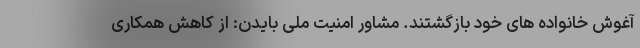
آغوش خانواده های خود بازگشتند. مشاور امنیت ملی بایدن: از کاهش همکاری